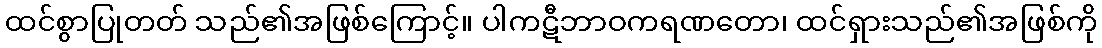
ထင်စွာပြုတတ် သည်၏အဖြစ်ကြောင့်။ ပါကဋီဘာဝကရဏတော၊ ထင်ရှားသည်၏အဖြစ်ကို